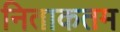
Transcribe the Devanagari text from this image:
निताकतम